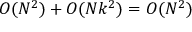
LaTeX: O ( N ^ { 2 } ) + O ( N k ^ { 2 } ) = O ( N ^ { 2 } )